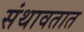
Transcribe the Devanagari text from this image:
संथावतात